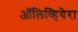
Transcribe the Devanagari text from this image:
ऑलिव्हियेरा